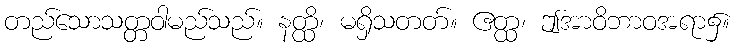
တည်သောသတ္တဝါမည်သည်။ နတ္ထိ၊ မရှိသတတ်။ ဧတ္ထ၊ ဤအာဝိဘာဝအရာ၌။